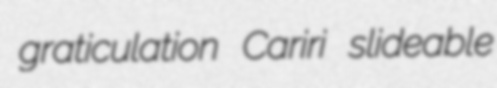
graticulation Cariri slideable